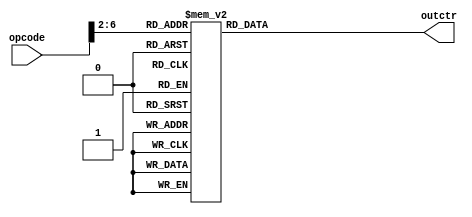
///////////////////////////////////////////////////////////////////////////////////////////////////
// Company: <Name>
//
// File history:
//      <Revision number>: <Date>: <Comments>
//      <Revision number>: <Date>: <Comments>
//      <Revision number>: <Date>: <Comments>
//
// Description: 
//
// <Description here>
//
// Targeted device: <Family::IGLOO2> <Die::M2GL025> <Package::256 VF>
//
/////////////////////////////////////////////////////////////////////////////////////////////////// 

//`timescale <time_units> / <precision>

module control_unit( opcode, outctr);
input[6:0] opcode;

output[7:0]outctr ;
reg[7:0] outctr;//dmemread,dmemtoreg,aluop[1:0],dmemwrite,alusrc,regwrite,im

always @(*) begin
    case(opcode[6:2])
    5'b11000:outctr<=8'b00010000; //branch instruction
    5'b00100:outctr<=8'b00100111; //immediate arithm
    5'b01100:outctr<=8'b00100010; //reg arithm
    5'b00000:outctr<=8'b01000111; //load instruction
    5'b01000:outctr<=8'b00001101; //store instruction
    //
    5'b01101:outctr<=8'b01110110; //load upper immediate(LUI) instruction
    5'b00101:outctr<=8'b11110110; //add upper immediate to pc(AUIPC) instruction
    5'b11011:outctr<=8'b10000010; //jump and link(JAL) instruction
    5'b11001:outctr<=8'b10110110; //jump and link register(JALR) instruction

    default:outctr<=8'b0;
    endcase
end
//<statements>

endmodule